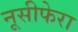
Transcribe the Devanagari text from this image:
नूसीफेरा